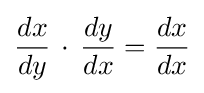
{\frac {dx}{dy}}\,\cdot \,{\frac {dy}{dx}}={\frac {dx}{dx}}